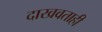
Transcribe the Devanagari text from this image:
दाखवताही